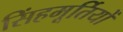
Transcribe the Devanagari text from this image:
सिंहमूर्तियों